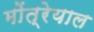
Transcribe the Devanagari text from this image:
मोंत्रेयाल